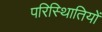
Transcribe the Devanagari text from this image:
परिस्थिातियों